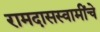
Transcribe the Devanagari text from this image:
रामदासस्वामींचे